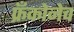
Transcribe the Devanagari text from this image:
फ्रँकोनेच